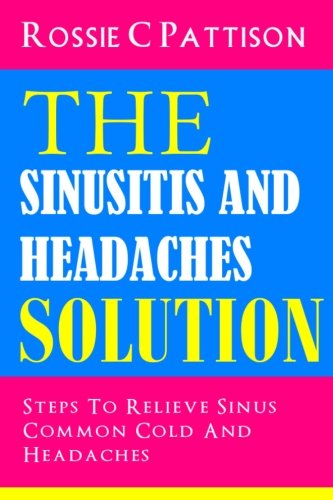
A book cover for The Sinusitis And Headaches Solution: Steps To Relieve Sinus, Common Cold And Headaches (Nutrition And Health) (Volume 5); Rossie C Pattison; Health, Fitness & Dieting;